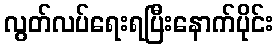
လွတ်လပ်ရေးရပြီးနောက်ပိုင်း